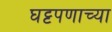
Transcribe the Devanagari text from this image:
घट्टपणाच्या